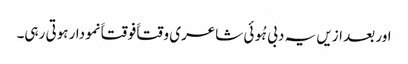
اور بعد ازیں یہ دبی ہُوئی شاعری وقتاََ فوقتاََ نمودار ہوتی رہی۔